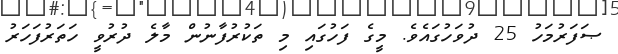
ޞަފަރުމަހު 25 ދުވަހުގައެވެ. މީގެ ފަހުގައި މި ތަކުރުފާނުން މާލެ ދުރުވީ ހަތަރުފަހަރު